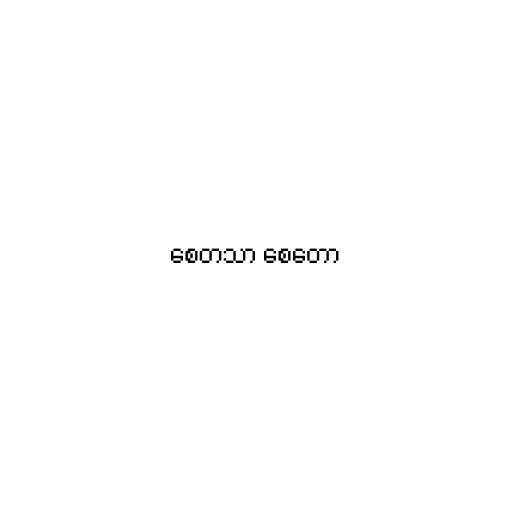
စေတသာ စေတော